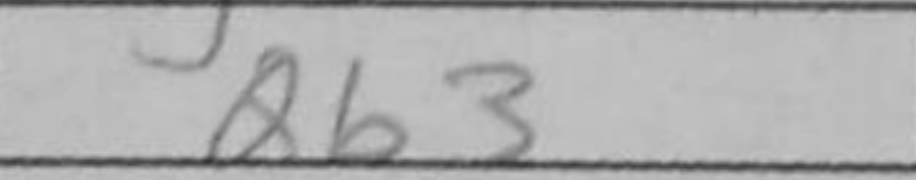
Transcription: Qb3